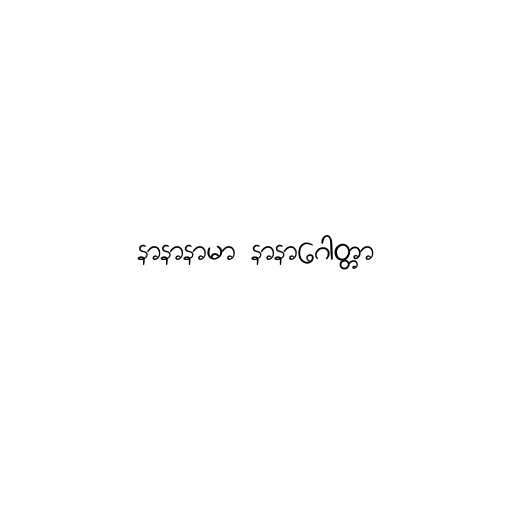
နာနာနာမာ နာနာဂေါတ္တာ